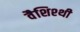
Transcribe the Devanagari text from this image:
वैशिश्थी